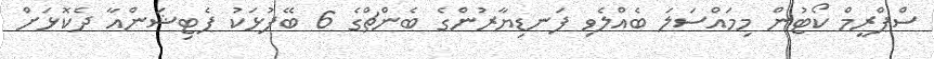
ސްޕްރީމް ކޯޓުން މިމައްސަލަ ބެއްލެވި ފަނޑިޔާރުންގެ ބެންޗްގެ 6 ބޭފުޅަކު ޕެޓިޝަންއާ ދެކޮޅަށް